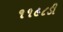
૧૧૯૮ડી